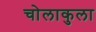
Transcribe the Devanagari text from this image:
चोलाकुला